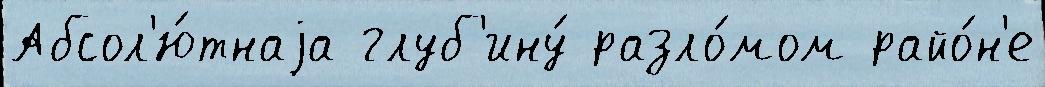
Абсол'ю́тнаjа глуб'ину́ разло́мом райо́н'е